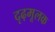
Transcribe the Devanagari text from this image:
दृढ़मूलक